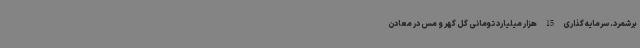
برشمرد. سرمایه گذاری 15 هزار میلیارد تومانی گل گهر و مس در معادن